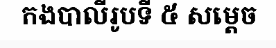
កងបាលីរូបទី ៥ សម្តេច